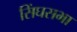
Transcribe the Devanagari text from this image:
सिंघसभा